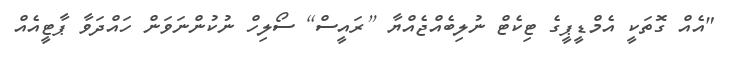
"އެއް ގޮތަކީ އެމްޑީޕީގެ ޓިކެޓް ނުލިބެއްޖެއްޔާ [ރައީސް] ސޯލިހް ނުކުންނަވަން ހައްދަވާ ޕާޓީއެއް